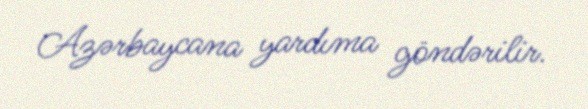
Azərbaycana yardıma göndərilir.